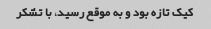
کیک تازه بود و به موقع رسید، با تشکر